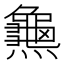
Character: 𪚰